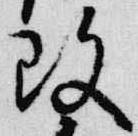
改